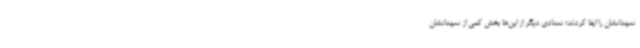
تعهداتشان را ایفا کردند؛ تعدادی دیگر از این‌ها بخش کمی از تعهداتشان